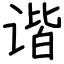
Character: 谐